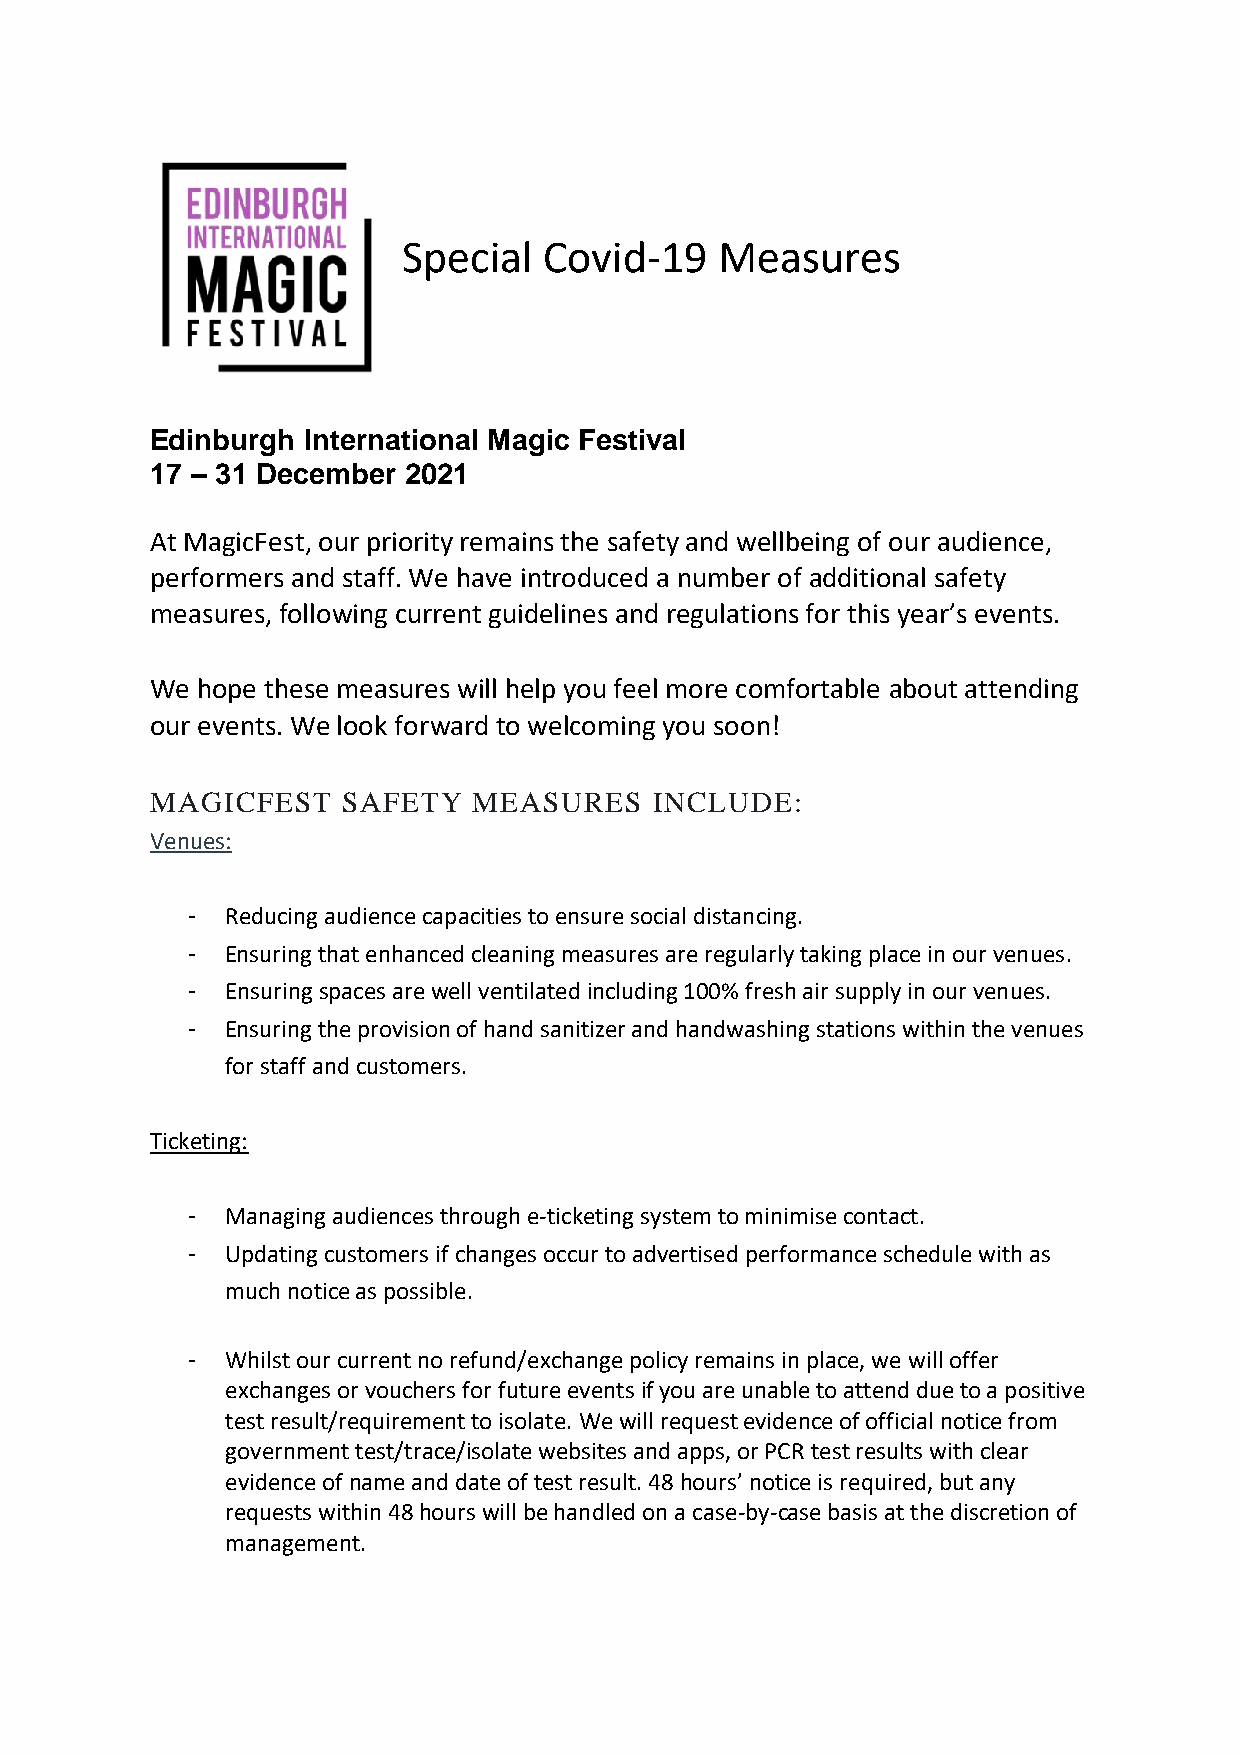
Special  Covid-19    Measures
 Edinburgh International Magic Festival
 17 – 31 December 2021
 At MagicFest, our priority remains the safety and wellbeing of our audience,
 performers and staff. We have introduced a number of additional safety
 measures, following current guidelines and regulations for this year’s events.
 We hope these measures will help you feel more comfortable about attending
 our events. We look forward to welcoming you soon!
 MAGICFEST    SAFETY  MEASURES    INCLUDE:
 Venues:
 -  Reducing audience capacities to ensure social distancing.
 -  Ensuring that enhanced cleaning measures are regularly taking place in our venues.
 -  Ensuring spaces are well ventilated including 100% fresh air supply in our venues.
 -  Ensuring the provision of hand sanitizer and handwashing stations within the venues
 for staff and customers.
 Ticketing:
 -  Managing audiences through e-ticketing system to minimise contact.
 -  Updating customers if changes occur to advertised performance schedule with as
 much notice as possible.
 -  Whilst our current no refund/exchange policy remains in place, we will offer
 exchanges or vouchers for future events if you are unable to attend due to a positive
 test result/requirement to isolate. We will request evidence of official notice from
 government test/trace/isolate websites and apps, or PCR test results with clear
 evidence of name and date of test result. 48 hours’ notice is required, but any
 requests within 48 hours will be handled on a case-by-case basis at the discretion of
 management.